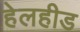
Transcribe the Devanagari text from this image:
हेलहीड